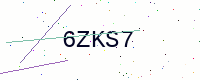
Text: 6ZKS7